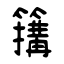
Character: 簼